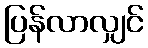
ပြန်လာလျှင်